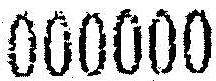
000000